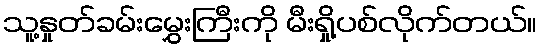
သူ့နှုတ်ခမ်းမွှေးကြီးကို မီးရှို့ပစ်လိုက်တယ်။